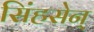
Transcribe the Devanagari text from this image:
सिंहसेन्